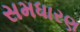
સમધારણ